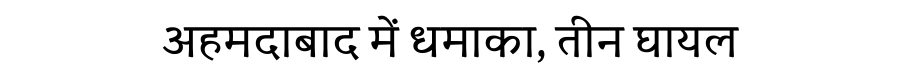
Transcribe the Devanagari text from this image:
अहमदाबाद में धमाका, तीन घायल